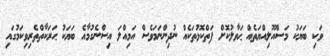
ވަކި ބަޔަކު މަސްއޫލިއްޔަތެއް ޙަވާލުކޮށް ފަތްކޮޅުތަކެއް ނުދިންނަމަވެސް އަމިއްލަ އިސްނެގުމާއެ ބަޔަކު ޙަރަކާތްތެރިވިކަމުގައި